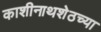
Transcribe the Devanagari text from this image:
काशीनाथशेठच्या